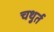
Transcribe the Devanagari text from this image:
चथुर्त